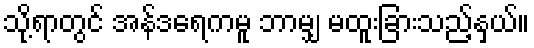
သို့ရာတွင် အန်ဒရေကမူ ဘာမျှ မထူးခြားသည့်နှယ်။